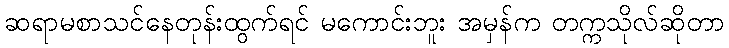
ဆရာမစာသင်နေတုန်းထွက်ရင် မကောင်းဘူး အမှန်က တက္ကသိုလ်ဆိုတာ